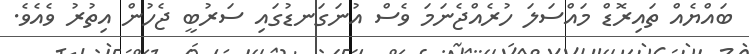
ބައްޔެއް ތައިރޮޑް މައްސަލަ ހުރެއްޖެނަމަ ވެސް އުނަގަނޑުގައި ސަރުބީ ޖެހުން އިތުރު ވެއެވެ.